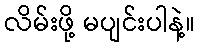
လိမ်းဖို့ မပျင်းပါနဲ့။